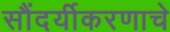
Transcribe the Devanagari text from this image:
सौंदर्यीकरणाचे